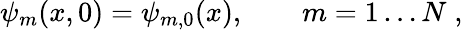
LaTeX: \psi_{m}(x,0)=\psi_{m,0}(x),\qquad m=1\ldots N\; ,